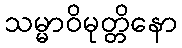
သမ္မာဝိမုတ္တိနော